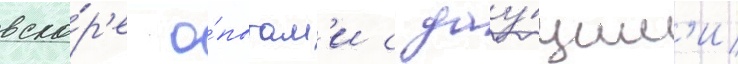
вско́р'е о́пытам'и с дау́щим'и